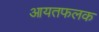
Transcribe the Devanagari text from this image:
आयतफलक